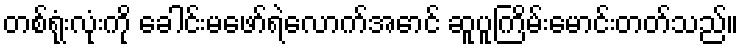
တစ်ရုံးလုံးကို ခေါင်းမဖော်ရဲလောက်အောင် ဆူပူကြိမ်းမောင်းတတ်သည်။